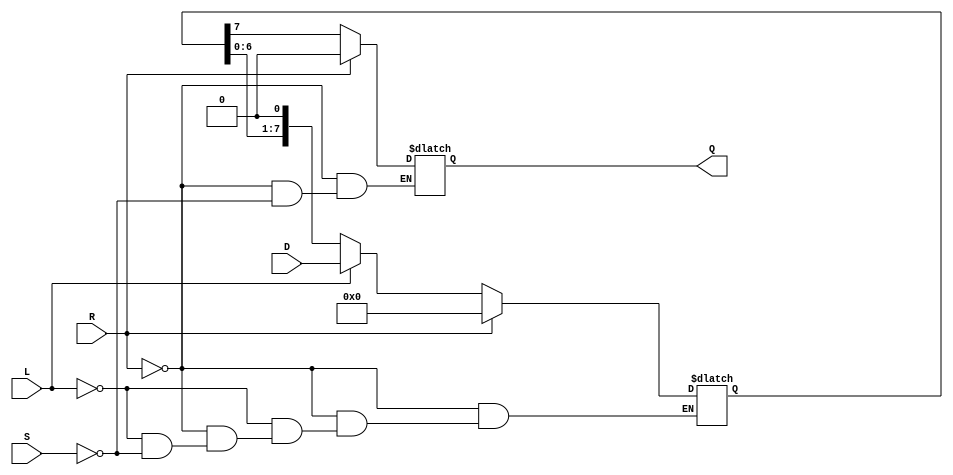
module async_piso_register #(
    parameter N = 8 // Number of bits in the register
)(
    input wire [N-1:0] D,      // Parallel data input
    input wire L,              // Load control signal
    input wire S,              // Shift control signal
    input wire R,              // Asynchronous reset signal
    output reg Q               // Serial output
);

    reg [N-1:0] shift_reg;     // Shift register storage

    // Asynchronous reset and loading mechanism
    always @(*) begin
        if (R) begin
            shift_reg = 0;      // Clear register on reset
        end else if (L) begin
            shift_reg = D;      // Load data from parallel input
        end else if (S) begin
            shift_reg = {shift_reg[N-2:0], 1'b0}; // Shift left
        end
    end

    // Output logic based on shifting operation
    always @(*) begin
        if (R) begin
            Q = 1'b0;            // Reset Q on reset signal
        end else if (S) begin
            Q = shift_reg[N-1];  // Output the MSB of the shift register
        end else begin
            Q = Q;               // Maintain previous value
        end
    end

endmodule